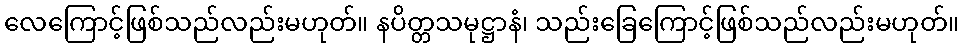
လေကြောင့်ဖြစ်သည်လည်းမဟုတ်။ နပိတ္တသမုဋ္ဌာနံ၊ သည်းခြေကြောင့်ဖြစ်သည်လည်းမဟုတ်။